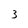
Character: 3